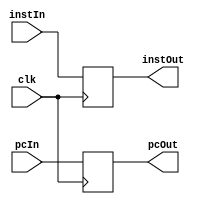
`timescale 1ns / 1ps
//////////////////////////////////////////////////////////////////////////////////
// Company: 
// Engineer: 
// 
// Design Name: 
// Module Name: buffer
// Project Name: 
// Target Devices: 
// Tool Versions: 
// Description: 
// 
// Dependencies: 
// 
// Revision:
// Revision 0.01 - File Created
// Additional Comments:
// 
//////////////////////////////////////////////////////////////////////////////////
module ifid_buffer(clk, instIn, pcIn, instOut, pcOut);
    input clk;
    input [31:0] instIn;
    input [31:0] pcIn;

    output reg [31:0] instOut;
    output reg [31:0] pcOut;
   
    always @(negedge clk)
        begin
            instOut = instIn;
            pcOut = pcIn;
         end
endmodule

module idex_buffer(clk, rdAddrIn, rsDataIn, rtDataIn, pcIn, regWriteIn, memToRegIn, aluOpIn, memReadIn, 
                   memWriteIn, pcToRegIn, aluSrcIn, immIn,
                   rdAddrOut, rsDataOut, rtDataOut, pcOut, regWriteOut, memToRegOut, aluOpOut, memReadOut,
                   memWriteOut, pcToRegOut, aluSrcOut, immOut);
    input clk, regWriteIn, memToRegIn, memReadIn, memWriteIn, pcToRegIn, aluSrcIn;
    input [31:0] rsDataIn;
    input [31:0] rtDataIn; 
    input [31:0] pcIn; 
    input [31:0] immIn;
    input [5:0] rdAddrIn;
    input [3:0] aluOpIn;
    
    output reg regWriteOut, memToRegOut, memReadOut, memWriteOut, pcToRegOut, aluSrcOut; 
    output reg [31:0] rsDataOut;
    output reg [31:0] rtDataOut;
    output reg [31:0] immOut;
    output reg [31:0] pcOut;
    output reg [5:0] rdAddrOut;
    output reg [3:0] aluOpOut;
   
    always @(negedge clk)
        begin
            regWriteOut = regWriteIn;
            memToRegOut = memToRegIn;
            memReadOut = memReadIn; 
            memWriteOut = memWriteIn;
            pcToRegOut = pcToRegIn;
            aluSrcOut = aluSrcIn;
            
            rsDataOut = rsDataIn;
            rtDataOut = rtDataIn;
            rdAddrOut = rdAddrIn;
            immOut = immIn;
            pcOut=pcIn;
            aluOpOut=aluOpIn;
         end
endmodule

module exwb_buffer(clk, dataIn, aluIn, regWriteIn, memToRegIn, rdAddrIn,
                   dataOut, aluOut, regWriteOut, memToRegOut, rdAddrOut);
    input clk, regWriteIn, memToRegIn;
    input [31:0] dataIn;
    input [31:0] aluIn;
    input [5:0] rdAddrIn;
   
    output reg regWriteOut, memToRegOut;
    output reg [31:0] dataOut;
    output reg [31:0] aluOut;
    output reg [5:0] rdAddrOut;
   
     always @(negedge clk)
        begin
            dataOut = dataIn;
            aluOut = aluIn;
            regWriteOut = regWriteIn;
            memToRegOut = memToRegIn;
            rdAddrOut = rdAddrIn;
         end
endmodule